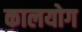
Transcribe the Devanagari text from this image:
कालयोग